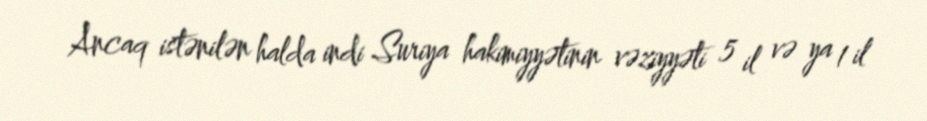
Ancaq istənilən halda indi Suriya hakimiyyətinin vəziyyəti 5 il və ya 1 il